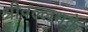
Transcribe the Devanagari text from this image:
श्रीवल्लभके